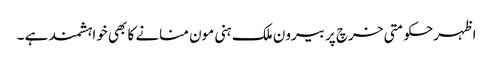
اظہرحکومتی خرچ پر بیرون ملک ہنی مون منانے کا بھی خواہشمند ہے ۔